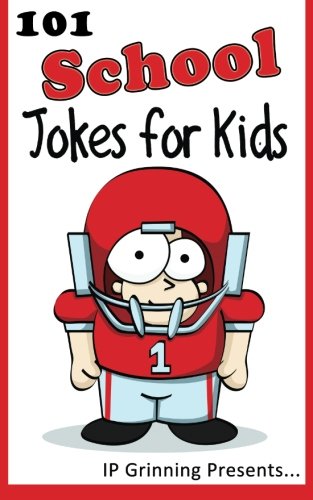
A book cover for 101 School Jokes for Kids: Joke Books for Kids (Volume 8); I P Grinning; Children's Books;